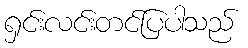
ရှင်းလင်းတင်ပြပါသည်